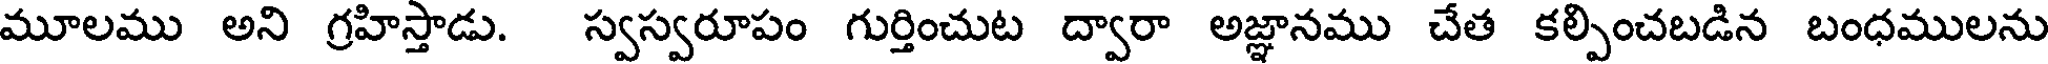
మూలము అని గ్రహిస్తాడు. స్వస్వరూపం గుర్తించుట ద్వారా అజ్ఞానము చేత కల్పించబడిన బంధములను